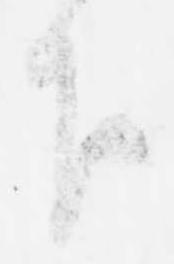
下